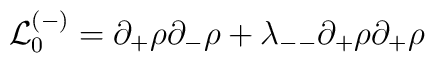
{\cal L}_0^{(-)} = \partial_+\rho\partial_-\rho+ \lambda_{--} \partial_+\rho\partial_+\rho